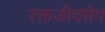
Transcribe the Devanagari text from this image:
रक्तजीवरोग